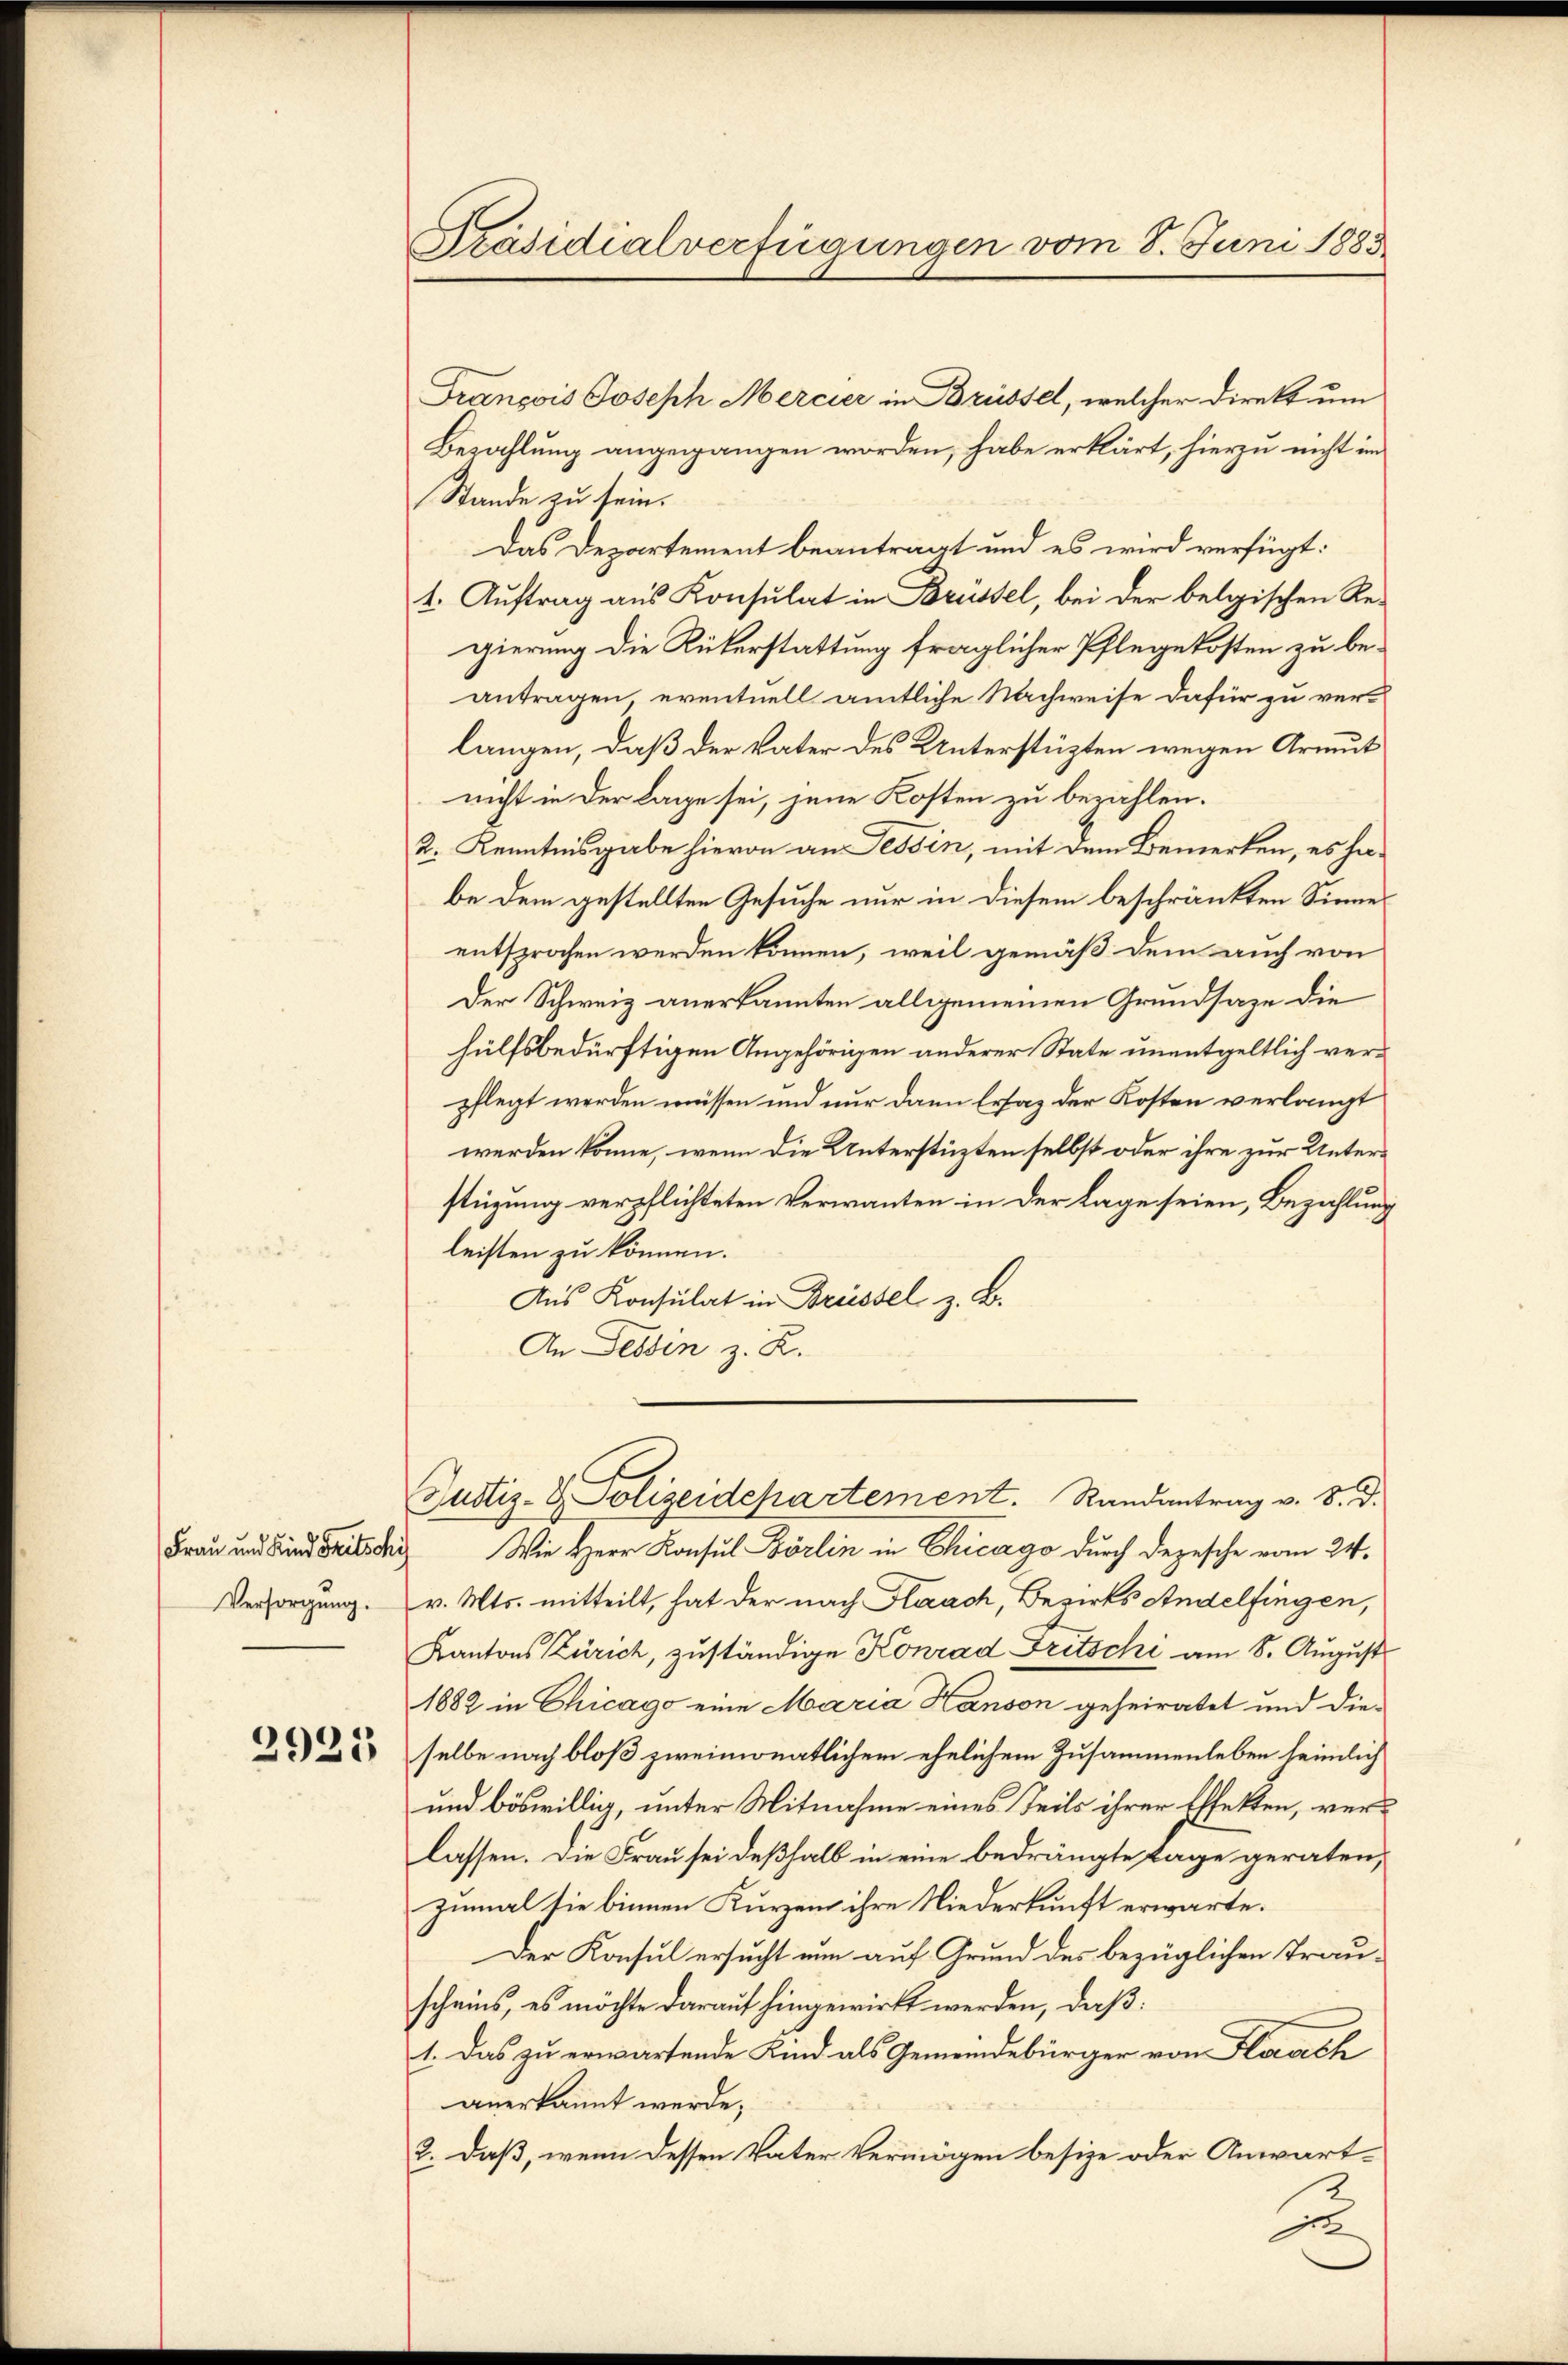
Frau und Kind Fritschi
Versorgung.

2925

Präsidialverfügungen vom 8. Juni 1883

François Joseph Mercier in Brüssel, welcher Direkt um
Bezahlung angegangen worden, habe erklärt, hierzu nicht im
Stande zu sein.
Das Departement beantragt und es wird verfügt:
t. Auftrag aus Konsulat in Brüssel, bei der belgischen Re-
gierung die Rükerstattung fraglicher Pflege kosten zu beantragen eventuell amtliche Nachweise dafür zu verlangen, daß der Vater des Unterstüzten wegen Armut
nicht in der lage sei, jene Kosten zu bezahlen.
2. Kenntnisgabe hievon an Tessin, mit dem Bemerken, es ha-
be dem gestellten Gesuche nur in diesem beschränkten Sinne
entsprochen werden können, weil gemäß dem auch von
Der Schweiz anerkannten allgemeinen Grundsaze die
hülfsbedürftigen Angehörigen anderer State unentgeltlich verpflegt werden müssen und nur dann Ersatz der Kosten verlangt
werden könne, wenn die Unterstüzten selbst oder ihre zur Unterstüzung verpflichteten Verwanten in der Lage seien, Bezahlung
leisten zu können.
Aus Konsulat in Brüssel z. B.
An Tessin z. B.

Wie Herr Konsul Börlin in Chicago durch Depesche vom 24.
v. Mts. mitteilt, hat der nach Flaach, Bezirks Andelfingen,
Kantons Zürich, zuständige Konrad Fritschi am 8. August
1882 in Chicago eine Maria Hanson geheiratet und die-
selbe nach bloß zweimonatlichem ehelichem Zusammenleben heimlich
und böswillig, unter Mitnahme eines Teils ihrer Effekten, verlassen. Die Frau sei deßhalb in eine bedrängte Tage geraten,
zumal sie binnen Kurzem ihre Niederkunft erwarte.
Der Konsul ersucht nun auf Grund des bezüglichen Trauscheins, es möchte darauf hingewirkt werden, daß:
1. Das zu erwartende Kind als Gemeindebürger von Flaach
anerkannt werde;
2. daß, wenn dessen Vater Vermögen besize oder Anwart¬
E

Justiz- & Polizeidepartement. Randantrag v. 8. d.